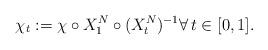
LaTeX: \begin{align*}\chi_t:=\chi\circ X_1^N \circ (X_t^N)^{-1}\forall\,t \in [0,1].\end{align*}